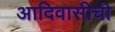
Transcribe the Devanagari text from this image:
आदिवासीची